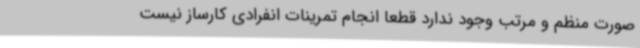
صورت منظم و مرتب وجود ندارد قطعا انجام تمرینات انفرادی کارساز نیست